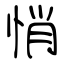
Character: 悄